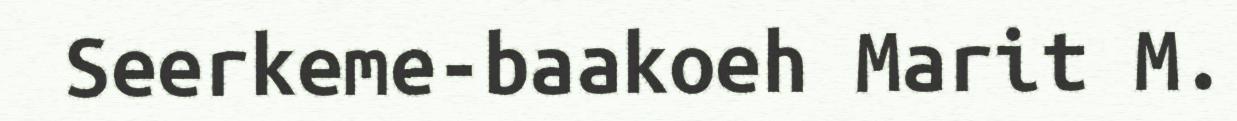
Seerkeme-baakoeh Marit M.